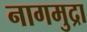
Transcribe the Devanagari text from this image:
नागमुद्रा